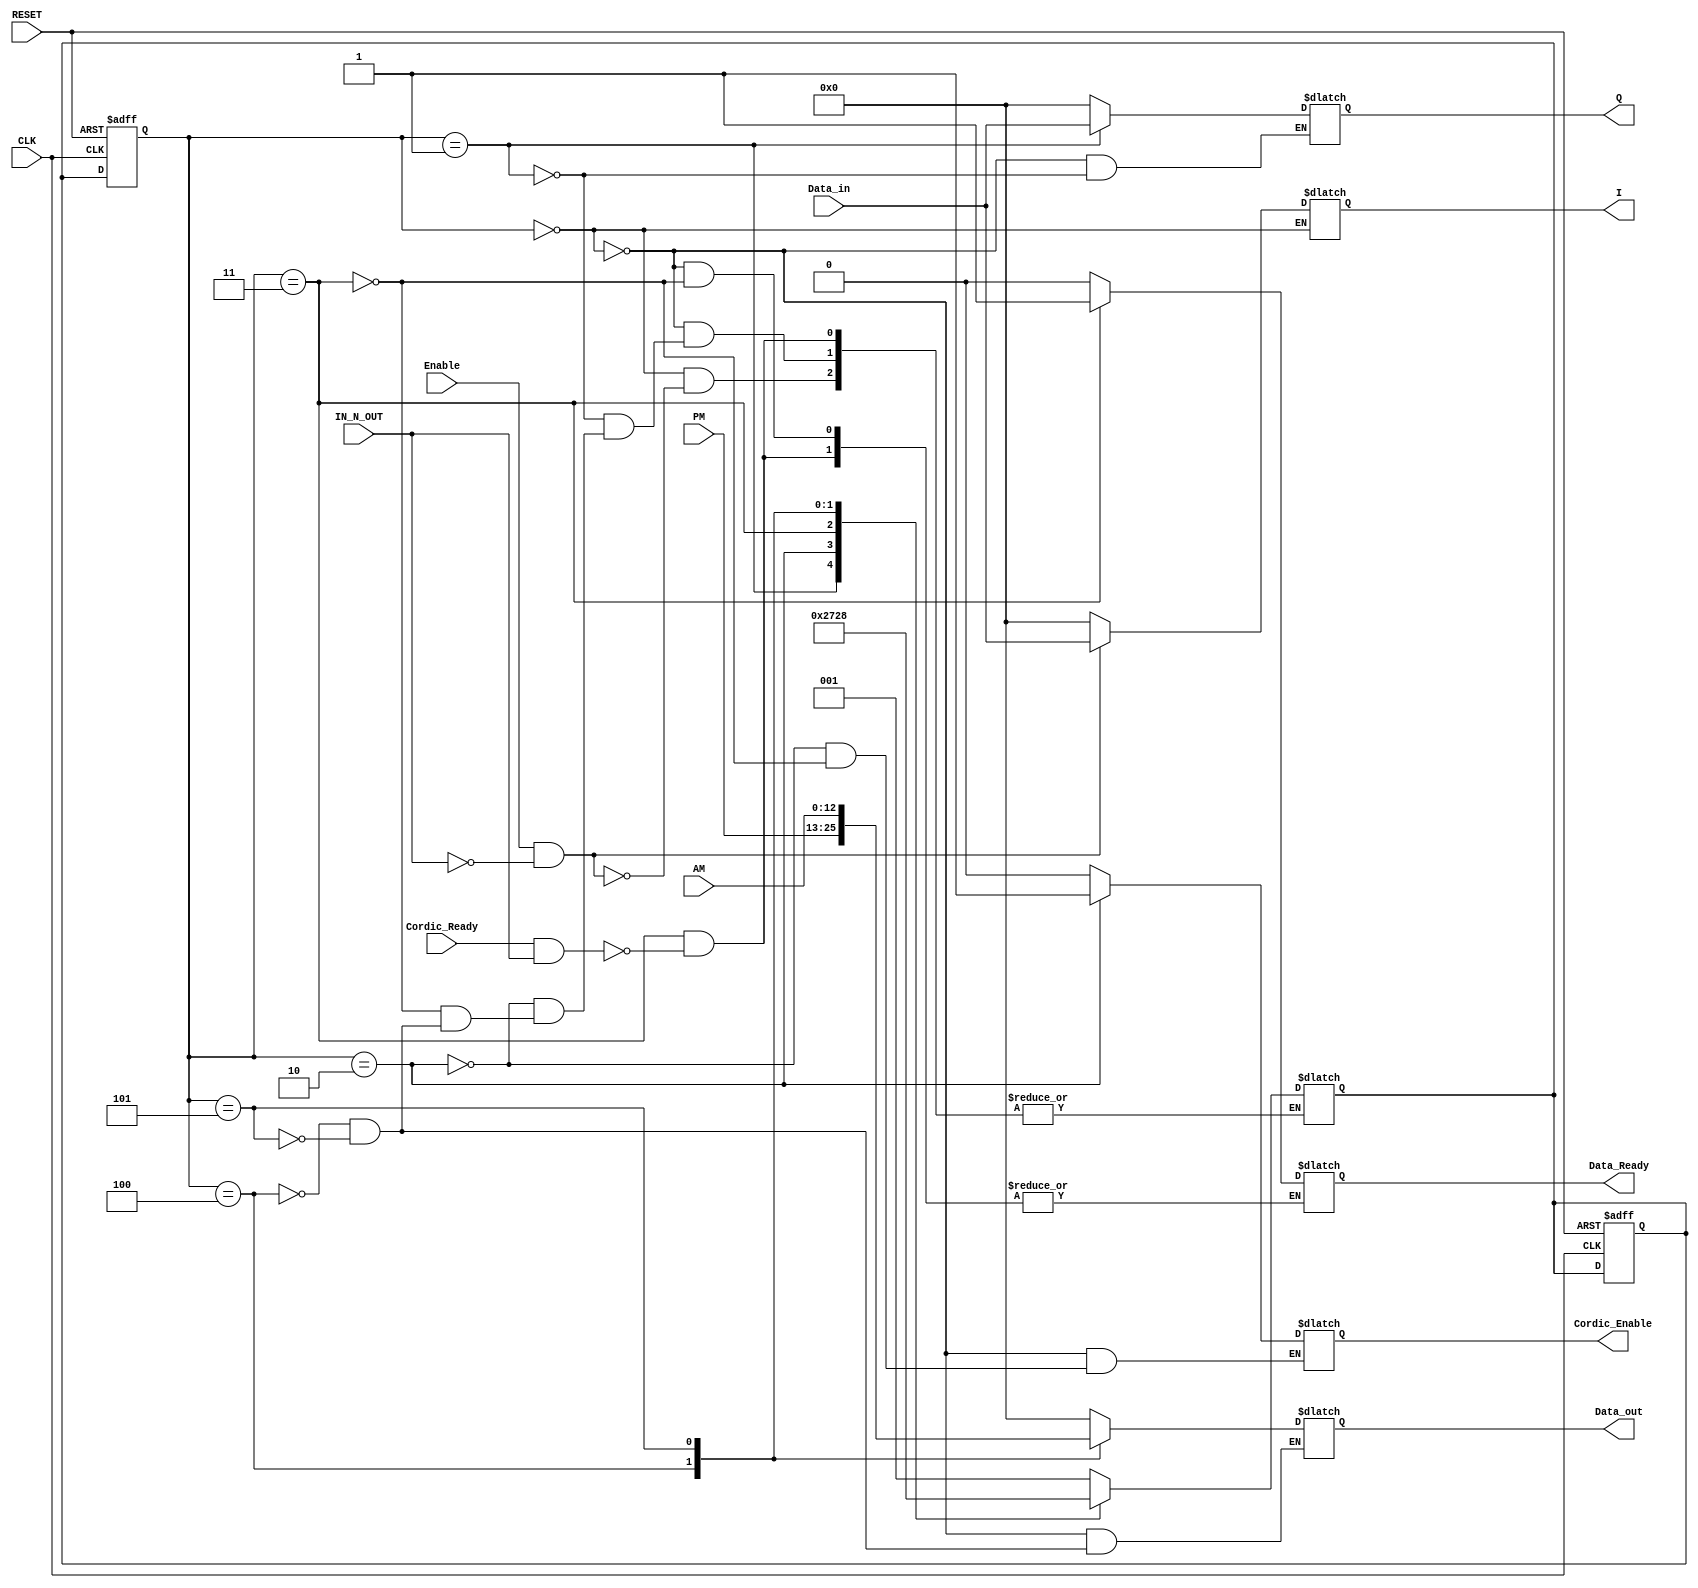
module Control(
	input wire CLK, RESET,
	input wire IN_N_OUT,
	input wire Enable,
	input wire [12:0] Data_in,
	input wire [12:0]PM,  //Polar Magnitude
	input wire [12:0]AM, // Amplitude Magnitude
	input wire Cordic_Ready,

	output reg [12:0] Data_out,
	output reg Data_Ready,
	output reg Cordic_Enable,
	output reg [12:0] I,
	output reg [12:0] Q);

parameter [2:0] 
         S0 = 3'b000,
         S1 = 3'b001,
         S2 = 3'b010,
         S3 = 3'b011,
         S4 = 3'b100,
         S5 = 3'b101;

reg [2:0] state_reg, state_next;

always@(posedge CLK or posedge RESET) begin
	if(RESET) begin
        state_reg <= S0;
        state_next <= S0;
	end
	else state_reg <= state_next;
end

always@(*) begin
	case (state_reg)
	S0: begin
        I <= 0;
		Q <= 0;
		Data_out <= 0;
		Data_Ready <= 0;
        Cordic_Enable <= 0;	
        if (Enable == 1&&IN_N_OUT == 0) begin
            I <= Data_in;
            state_next <= S1;	
        end
	end		
	S1: begin
		Q <= Data_in;
		state_next <= S2;		
	end
	S2: begin
	    state_next <= S3;
	    Cordic_Enable <= 1;
	end
	S3: begin
		Cordic_Enable <= 0;
		if (Cordic_Ready == 1&&IN_N_OUT == 1) begin
			Data_Ready <= 1;
			state_next <= S4;
		end
	end
	S4: begin
		Data_out <= PM;
		state_next <= S5;		
	end
	S5: begin
		Data_out <= AM;
		state_next <= S0;
	end
    endcase
end

endmodule